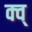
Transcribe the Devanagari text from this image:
क्व्